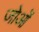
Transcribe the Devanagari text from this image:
जोओं